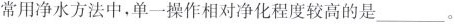
常用净水方法中，单一操作相对净化程度较高的是___。